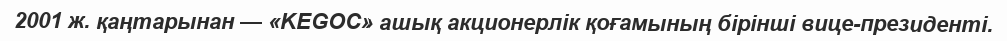
2001 ж. қаңтарынан — «KEGOC» ашық акционерлік қоғамының бірінші вице-президенті.